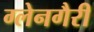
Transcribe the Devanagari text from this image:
ग्लेनगैरी